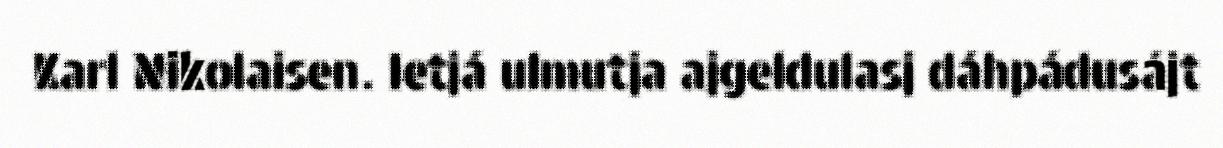
Karl Nikolaisen. Ietjá ulmutja ajgeldulasj dáhpádusájt